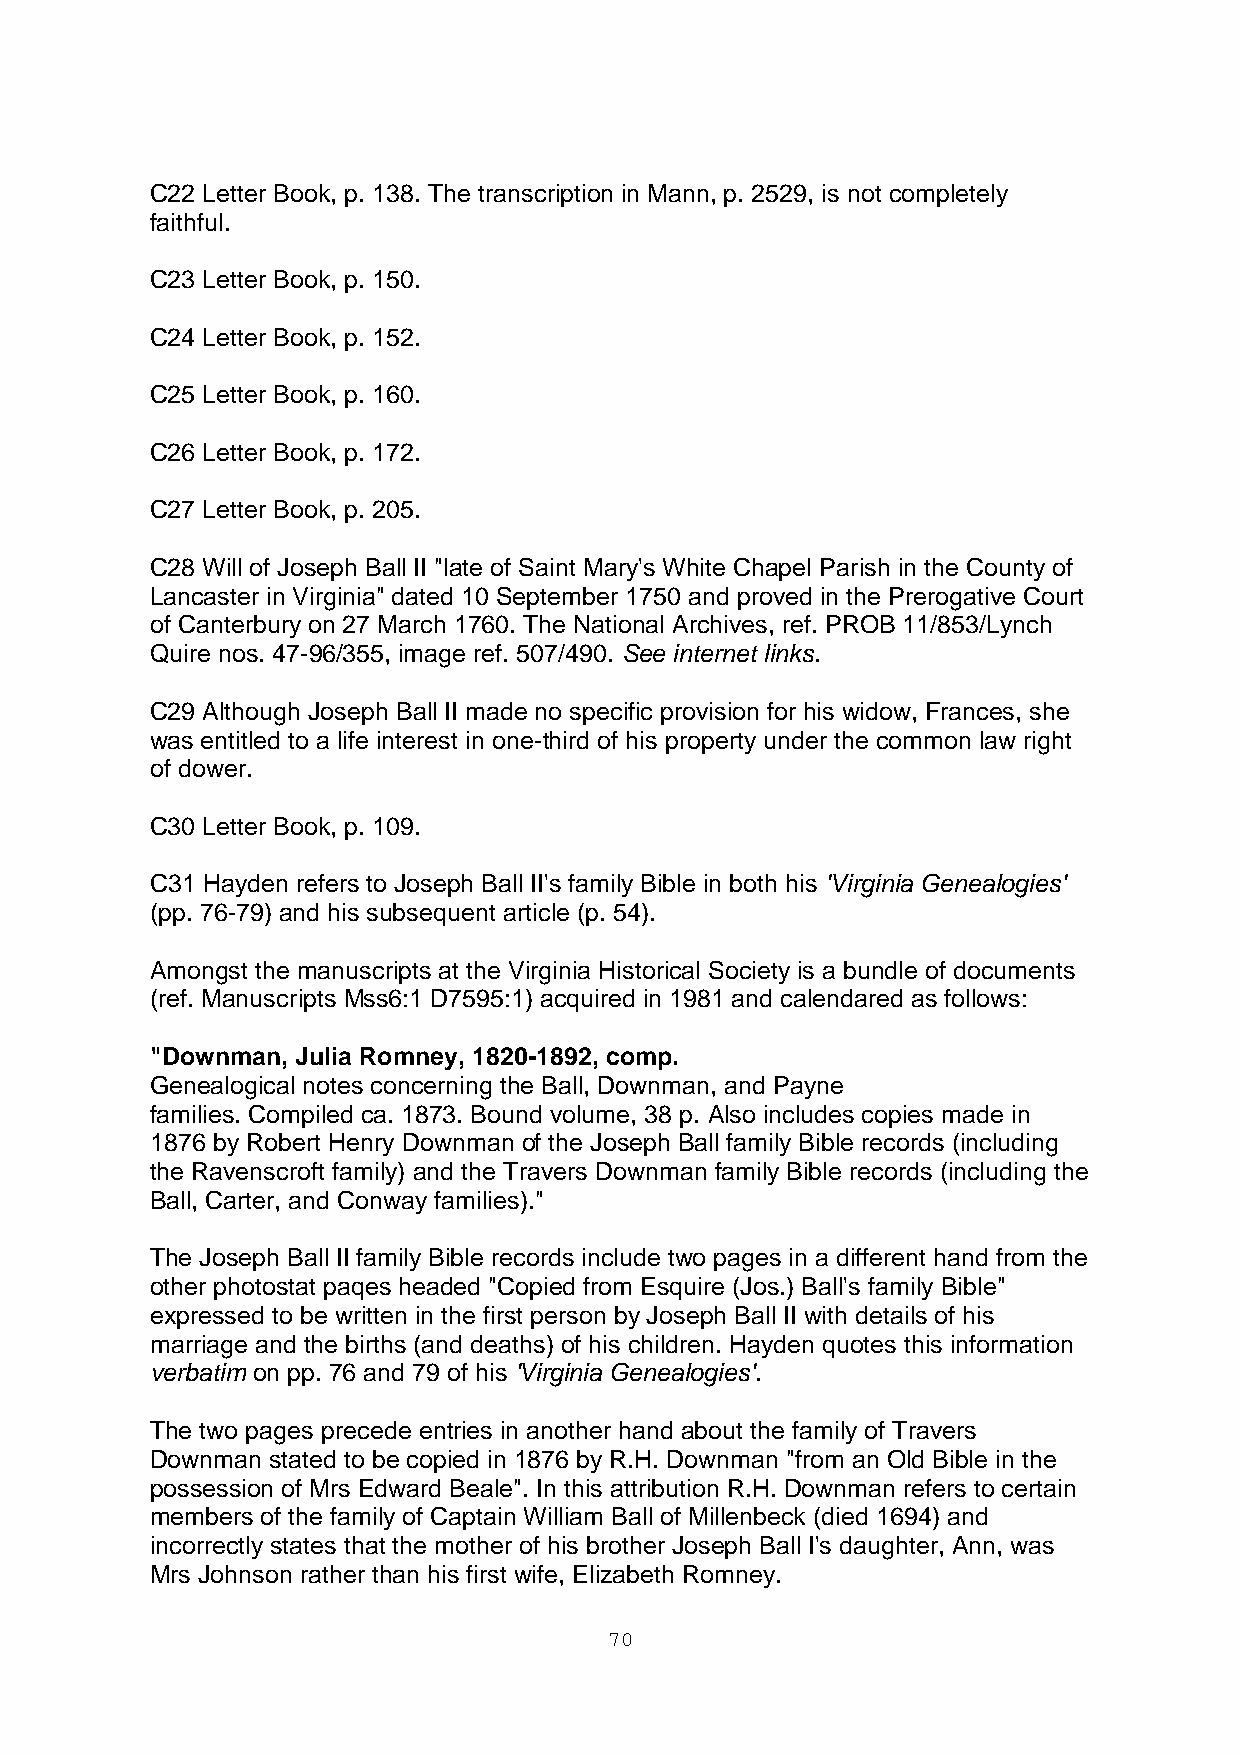
C22 Letter Book, p. 138. The transcription in Mann, p. 2529, is not completely
 faithful.
 C23 Letter Book, p. 150.
 C24 Letter Book, p. 152.
 C25 Letter Book, p. 160.
 C26 Letter Book, p. 172.
 C27 Letter Book, p. 205.
 C28 Will of Joseph Ball II "late of Saint Mary's White Chapel Parish in the County of
 Lancaster in Virginia" dated 10 September 1750 and proved in the Prerogative Court
 of Canterbury on 27 March 1760. The National Archives, ref. PROB 11/853/Lynch
 Quire nos. 47-96/355, image ref. 507/490. See internet links.
 C29 Although Joseph Ball II made no specific provision for his widow, Frances, she
 was entitled to a life interest in one-third of his property under the common law right
 of dower.
 C30 Letter Book, p. 109.
 C31 Hayden refers to Joseph Ball II's family Bible in both his 'Virginia Genealogies'
 (pp. 76-79) and his subsequent article (p. 54).
 Amongst the manuscripts at the Virginia Historical Society is a bundle of documents
 (ref. Manuscripts Mss6:1 D7595:1) acquired in 1981 and calendared as follows:
 "Downman, Julia Romney, 1820-1892, comp.
 Genealogical notes concerning the Ball, Downman, and Payne
 families. Compiled ca. 1873. Bound volume, 38 p. Also includes copies made in
 1876 by Robert Henry Downman of the Joseph Ball family Bible records (including
 the Ravenscroft family) and the Travers Downman family Bible records (including the
 Ball, Carter, and Conway families)."
 The Joseph Ball II family Bible records include two pages in a different hand from the
 other photostat paqes headed "Copied from Esquire (Jos.) Ball's family Bible"
 expressed to be written in the first person by Joseph Ball II with details of his
 marriage and the births (and deaths) of his children. Hayden quotes this information
 verbatim on pp. 76 and 79 of his 'Virginia Genealogies'.
 The two pages precede entries in another hand about the family of Travers
 Downman stated to be copied in 1876 by R.H. Downman "from an Old Bible in the
 possession of Mrs Edward Beale". In this attribution R.H. Downman refers to certain
 members of the family of Captain William Ball of Millenbeck (died 1694) and
 incorrectly states that the mother of his brother Joseph Ball I's daughter, Ann, was
 Mrs Johnson rather than his first wife, Elizabeth Romney.
 70